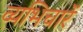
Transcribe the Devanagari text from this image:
व्यभिचारें